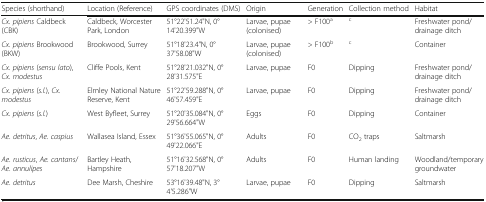
| Species (shorthand) | Location (Reference) | GPS coordinates (DMS) | Origin | Generation | Collection method | Habitat |
 | --- | --- | --- | --- | --- | --- | --- |
 | Cx. pipiens Caldbeck (CBK) | Caldbeck, Worcester Park, London | 51°22'51.24"N, 0°14'20.399"W | Larvae, pupae (colonised) | > F100a | c | Freshwater pond/drainage ditch |
 | Cx. pipiens Brookwood (BKW) | Brookwood, Surrey | 51°18'23.4"N, 0°37'58.08"W | Larvae, pupae (colonised) | > F100b | c | Container |
 | Cx. pipiens (sensu lato), Cx. modestus | Cliffe Pools, Kent | 51°28'21.032"N, 0°28'31.575"E | Larvae, pupae | F0 | Dipping | Freshwater pond/drainage ditch |
 | Cx. pipiens (s.l.), Cx. modestus | Elmley National Nature Reserve, Kent | 51°22'59.288"N, 0°46'57.459"E | Larvae, pupae | F0 | Dipping | Freshwater pond/drainage ditch |
 | Cx. pipiens (s.l.) | West Byfleet, Surrey | 51°20'35.084"N, 0°29'56.664"W | Eggs | F0 | Dipping | Container |
 | Ae. detritus, Ae. caspius | Wallasea Island, Essex | 51°36'55.065"N, 0°49'22.066"E | Adults | F0 | CO2 traps | Saltmarsh |
 | Ae. rusticus, Ae. cantans/Ae. annulipes | Bartley Heath, Hampshire | 51°16'32.568"N, 0°57'18.207"W | Adults | F0 | Human landing | Woodland/temporary groundwater |
 | Ae. detritus | Dee Marsh, Cheshire | 53°16'39.48"N, 3°4'5.286"W | Larvae, pupae | F0 | Dipping | Saltmarsh |